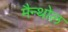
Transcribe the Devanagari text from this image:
मैन्थोल